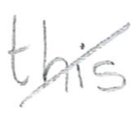
Text: this
Cross-out: diagonal
Writing tool: pencil